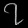
Digit: ၇